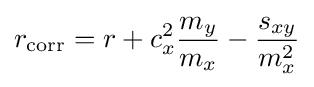
r_{\mathrm {corr} }=r+c_{x}^{2}{\frac {m_{y}}{m_{x}}}-{\frac {s_{xy}}{m_{x}^{2}}}